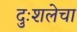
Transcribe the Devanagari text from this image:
दुःशलेचा